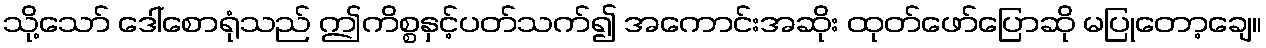
သို့သော် ဒေါ်စောရုံသည် ဤကိစ္စနှင့်ပတ်သက်၍ အကောင်းအဆိုး ထုတ်ဖော်ပြောဆို မပြုတော့ချေ။